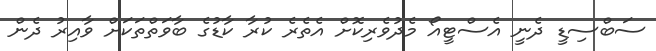
ސަބްސިޑީ ދެނީ އެސްޓީއޯ މެދުވެރިކޮށް އެތެރެ ކުރާ ކާޑުގެ ބާވަތްތަކަށް ވާއިރު ދެން